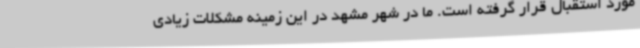
مورد استقبال قرار گرفته است. ما در شهر مشهد در این زمینه مشکلات زیادی